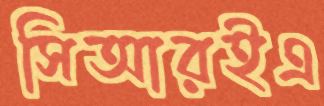
সিআরইএ